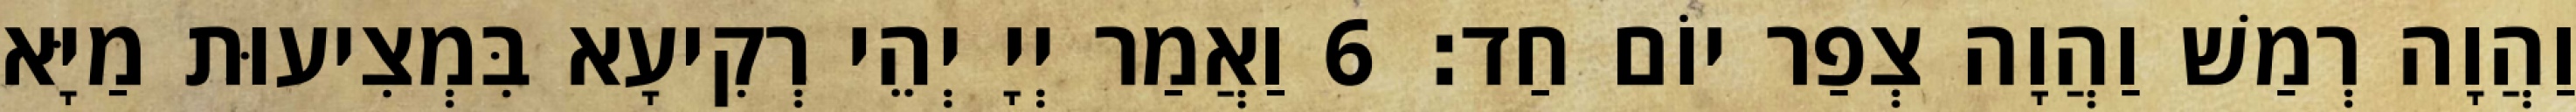
וַהֲוָה רְמַשׁ וַהֲוָה צְפַר יוֹם חַד׃ 6 וַאֲמַר יְיָ יְהֵי רְקִיעָא בִּמְצִיעוּת מַיָּא